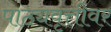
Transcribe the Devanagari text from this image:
पाठ्यवृत्तीवर